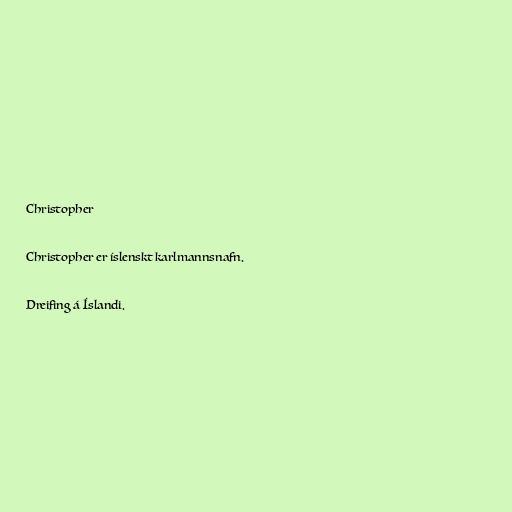
Christopher

Christopher er íslenskt karlmannsnafn.

Dreifing á Íslandi.